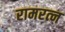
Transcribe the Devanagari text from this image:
रामरत्‍न